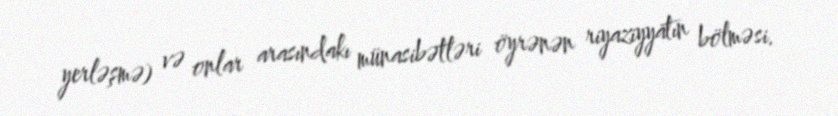
yerləşmə) və onlar arasındakı münasibətləri öyrənən riyaziyyatın bölməsi.